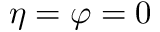
\eta = \varphi = 0